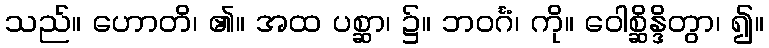
သည်။ ဟောတိ၊ ၏။ အထ ပစ္ဆာ၊ ၌။ ဘဝင်္ဂံ၊ ကို။ ဝေါစ္ဆိန္ဒိတွာ၊ ၍။